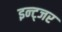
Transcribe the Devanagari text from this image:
इन्ट्जर